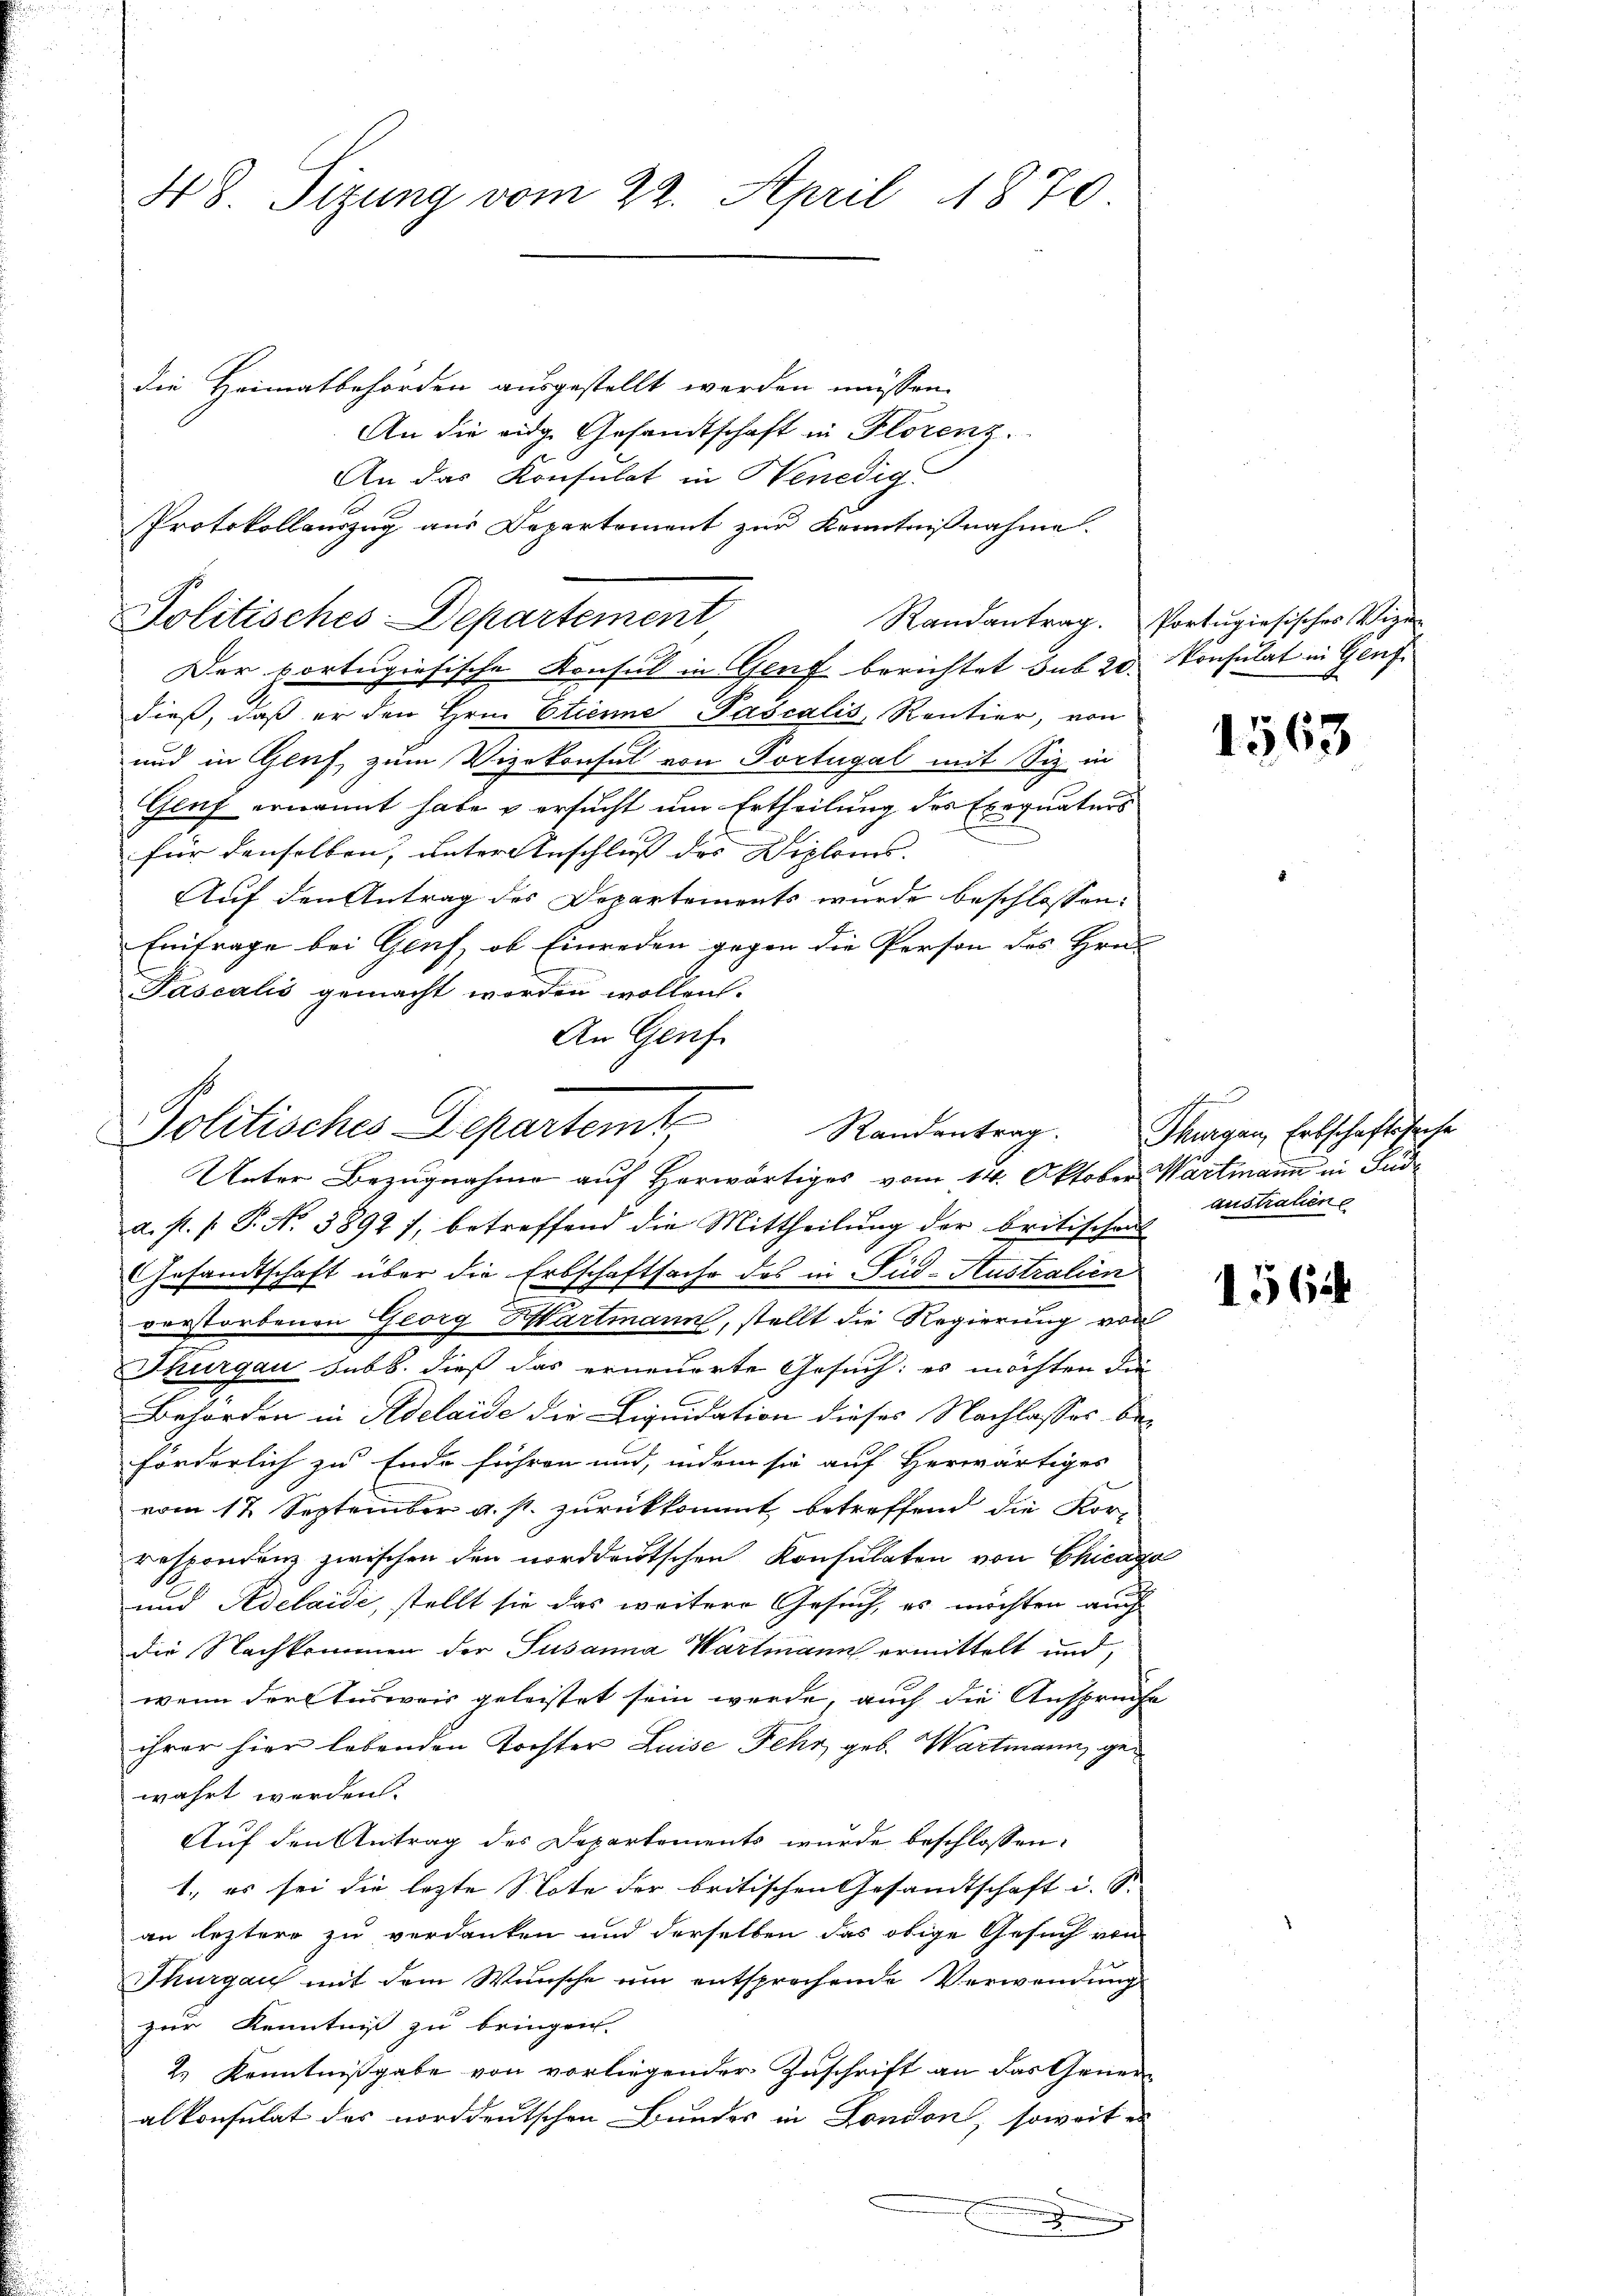
48. Sizung vom 22. April 1870.

An das Konsulat in Benedig
Protokollauszug aus Departement zur Kenntnißnahme.
Politisches Departement

die Heimatbehörden ausgestellt werden müssen.
An die eidg. Gesandtschaft in Florenz.
Der portugisische Konsul in Genf berichtet sub 20. Konsulat in Genf.
dieß, daß er den Hrn. Etienne Pascalis, Rentier, von
und in Genf, zum Vizekonsul von Portugal mit Siz in
Genf ernannt habe & ersucht um Ertheilung des Exequaturs
für denselben, unter Anschluss des Diploms. |
Auf den Antrag des Departements wurde beschlossen:
Eintrage bei Gruf, ob Einreden gegen die Person des Hrn.
Pascalis gemacht worden wollen.
An Genf.

Politisches Departemt,
Unter Bezugnahme auf Herwärtiges vom 14. Oktober Wartmann in Fude

Randantrag. Portugisisches Wige

a. s. f. P. Nr. 3892 7, betreffend die Mittheilung der britischens
Gesandtschaft über die Erbschaftsache des in Pud-Australien
vorstorbenen Georg Hartmann, stellt die Regierung von
Thurgau sub b. dieß das erneuerte Gesuch: es möchten die
Behörden in Adelaide die Liquidation dieses Nachlasses beförderlich zu Ende führen und, indem sie auf Herwärtiges
vom 17. September a. p. zurückkommt betreffend die Kor-
respondenz zwischen den norddeutschen Konsulaten von Chicago
und Adelaide, stellt sie das weitere Gesuch, es möchten auch
Die Nachkommen der Susanna Wartmann ermittelt und
wenn der Ausweis geleistet sein werde, auch die Anspruche
ihrer hier lebenden Tochter Luise Fehr geb. Wartmann, gewahrt werden.
Auf den Antrag des Departements wurde beschlossen:
1. es sei die letzte Note der britischen Gesandtschaft i.
an leztere zu verdanken und derselben das obige Gesuch von
Thurgau mit dem Wunsche um entsprechende Verwendung
zur Kenntniß zu bringen.
2.) Kenntnißgabe von vorliegender Zuschrift an das Gener-
alkonsulat des norddeutschen Bundes in London, soweit es
.
d
.

1563

t
Randantrag. Thurgau, Erbschaftssache
austrauen

1564